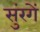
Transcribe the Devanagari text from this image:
सुंरगें